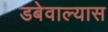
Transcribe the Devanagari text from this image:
डबेवाल्यास